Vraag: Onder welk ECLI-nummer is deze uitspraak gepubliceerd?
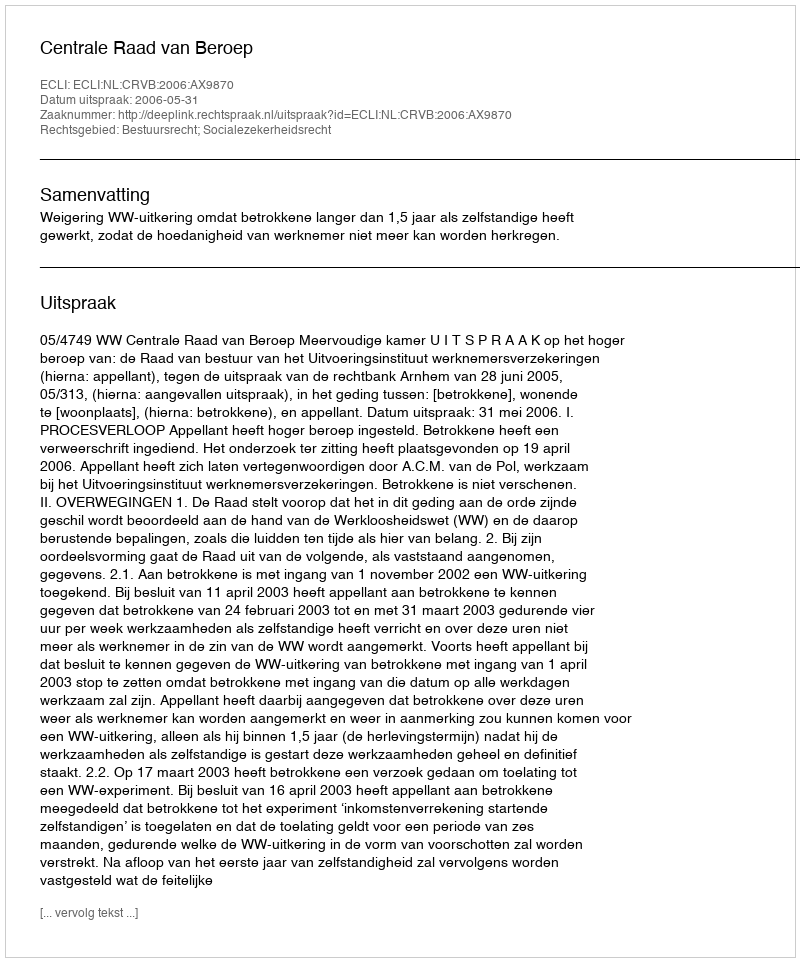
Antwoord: ECLI:NL:CRVB:2006:AX9870